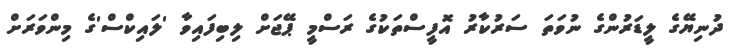
ދުނިޔޭގެ ލީޑަރުންގެ ނުވަތަ ސަރުކާރު އޮފީސްތަކުގެ ރަސްމީ ޕޭޖަށް ލިބިފައިވާ 'ލައިކްސް'ގެ މިންވަރަށް